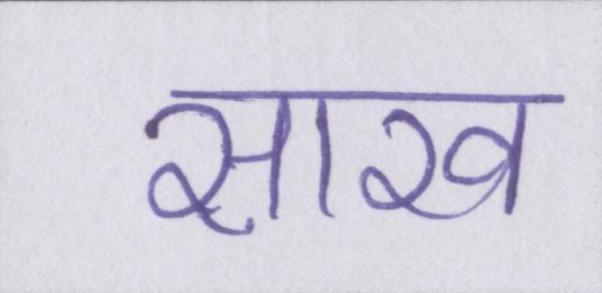
साख